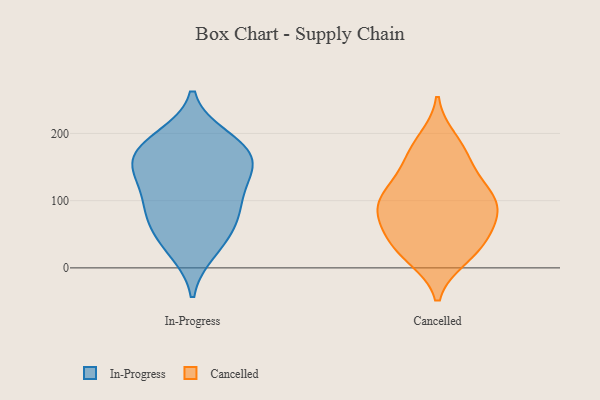
{"axis": {"x": "Energy Usage (MWh)", "y": "Value"}, "legend": ["Cancelled", "In-Progress"], "data": [{"x": "", "y": 85, "type": "In-Progress"}, {"x": "", "y": 148, "type": "In-Progress"}, {"x": "", "y": 167, "type": "In-Progress"}, {"x": "", "y": 137, "type": "In-Progress"}, {"x": "", "y": 194, "type": "In-Progress"}, {"x": "", "y": 180, "type": "In-Progress"}, {"x": "", "y": 163, "type": "In-Progress"}, {"x": "", "y": 91, "type": "In-Progress"}, {"x": "", "y": 25, "type": "In-Progress"}, {"x": "", "y": 74, "type": "In-Progress"}, {"x": "", "y": 61, "type": "In-Progress"}, {"x": "", "y": 186, "type": "In-Progress"}, {"x": "", "y": 35, "type": "In-Progress"}, {"x": "", "y": 113, "type": "In-Progress"}, {"x": "", "y": 141, "type": "In-Progress"}, {"x": "", "y": 123, "type": "Cancelled"}, {"x": "", "y": 59, "type": "Cancelled"}, {"x": "", "y": 16, "type": "Cancelled"}, {"x": "", "y": 92, "type": "Cancelled"}, {"x": "", "y": 171, "type": "Cancelled"}, {"x": "", "y": 190, "type": "Cancelled"}, {"x": "", "y": 91, "type": "Cancelled"}, {"x": "", "y": 81, "type": "Cancelled"}, {"x": "", "y": 19, "type": "Cancelled"}, {"x": "", "y": 27, "type": "Cancelled"}, {"x": "", "y": 91, "type": "Cancelled"}, {"x": "", "y": 50, "type": "Cancelled"}, {"x": "", "y": 169, "type": "Cancelled"}, {"x": "", "y": 97, "type": "Cancelled"}, {"x": "", "y": 113, "type": "Cancelled"}, {"x": "", "y": 44, "type": "Cancelled"}, {"x": "", "y": 138, "type": "Cancelled"}]}